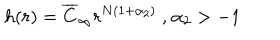
h ( r ) = \overline { { { C } } } _ { \infty } r ^ { N ( 1 + \alpha _ { 2 } ) } \mathrm { ~ , ~ } \alpha _ { 2 } > - 1